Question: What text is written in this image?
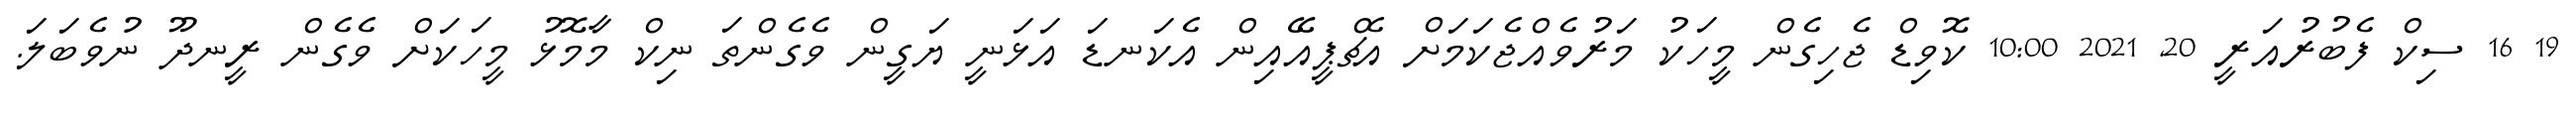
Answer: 19 16 ސިކް ފެބުރުއަރީ 20, 2021 10:00 ކޮވިޑް ޖެހިގެން މީހަކު މަރުވެއްޖެކަމަށް އެޗްޕީއޭއިން އެކަނޑަ އަޅަނީ ޔަގީން ވެގެންތަ ނިކް މާމޮޅު މީހަކަށް ވެގެން ރީނދޫ ނުވެބަލަ.